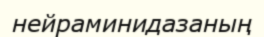
нейраминидазаның